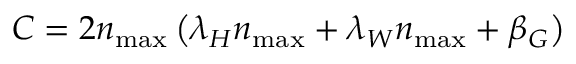
C = 2 n _ { \operatorname* { m a x } } \left( \lambda _ { H } n _ { \operatorname* { m a x } } + \lambda _ { W } n _ { \operatorname* { m a x } } + \beta _ { G } \right)